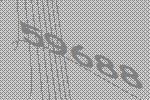
59688